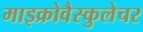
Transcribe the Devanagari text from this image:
माइक्रोवैस्कुलेचर